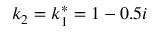
k _ { 2 } = k _ { 1 } ^ { * } = 1 - 0 . 5 i